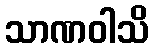
သာဏဝါသိ